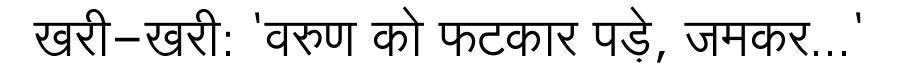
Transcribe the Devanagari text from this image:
खरी-खरी: 'वरुण को फटकार पड़े, जमकर...'